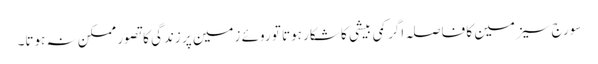
سورج سیزمین کا فاصلہ اگر کمی بیشی کا شکار ہوتا تو روئے زمین پر زندگی کا تصور ممکن نہ ہوتا۔